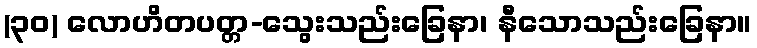
(၃၀) လောဟိတပတ္တ-သွေးသည်းခြေနာ၊ နီသောသည်းခြေနာ။